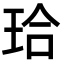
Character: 珨